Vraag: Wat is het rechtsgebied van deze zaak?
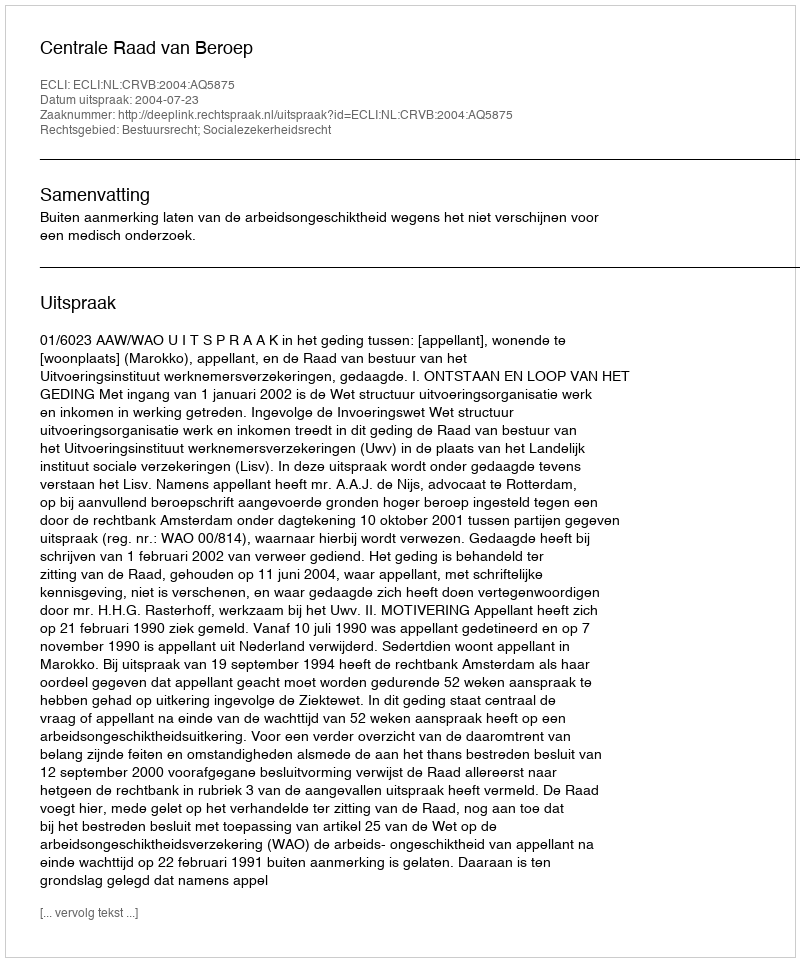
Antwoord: Bestuursrecht; Socialezekerheidsrecht